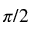
\pi / 2